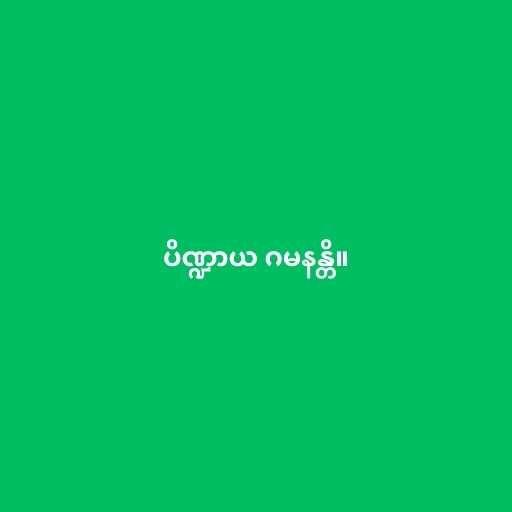
ပိဏ္ဍာယ ဂမနန္တိ။